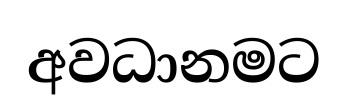
අවධානමට